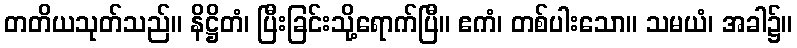
တတိယသုတ်သည်။ နိဋ္ဌိတံ၊ ပြီးခြင်းသို့ရောက်ပြီ။ ဧကံ၊ တစ်ပါးသော။ သမယံ၊ အခါ၌။